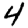
Digit: 4